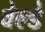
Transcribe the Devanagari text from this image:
वेल्डे